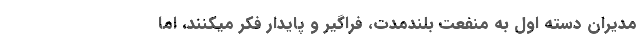
مدیران دسته اول به منفعت بلندمدت، فراگیر و پایدار فکر میکنند، اما